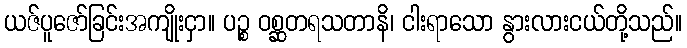
ယဇ်ပူဇော်ခြင်းအကျိုးငှာ။ ပဉ္စ ဝစ္ဆတရသတာနိ၊ ငါးရာသော နွားလားငယ်တို့သည်။